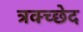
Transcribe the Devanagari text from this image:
त्रक्च्छेद